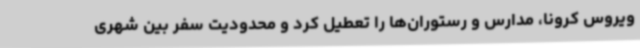
ویروس کرونا، مدارس و رستوران‌ها را تعطیل کرد و محدودیت سفر بین شهری